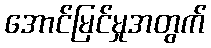
အောင်မြင်မှုအတွက်